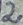
Text: 2